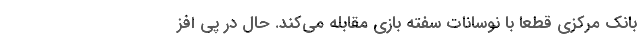
بانک مرکزی قطعا با نوسانات سفته بازی مقابله می‌کند. حال در پی افز